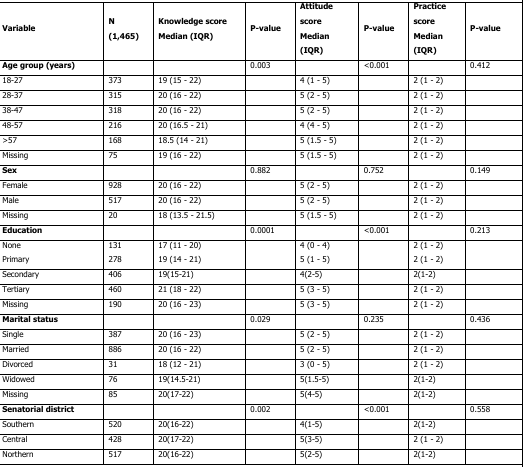
<table><thead><tr><td><b>Variable</b></td><td><b>N (1,465)</b></td><td><b>Knowledge score Median (IQR)</b></td><td><b>P-value</b></td><td><b>Attitude score Median (IQR)</b></td><td><b>P-value</b></td><td><b>Practice score Median (IQR)</b></td><td><b>P-value</b></td></tr></thead><tbody><tr><td><b>Age group (years)</b></td><td></td><td></td><td>0.003</td><td></td><td>&lt;0.001</td><td></td><td>0.412</td></tr><tr><td>18-27</td><td>373</td><td>19 (15 - 22)</td><td></td><td>4 (1 - 5)</td><td></td><td>2 (1 - 2)</td><td></td></tr><tr><td>28-37</td><td>315</td><td>20 (16 - 22)</td><td></td><td>5 (2 - 5)</td><td></td><td>2 (1 - 2)</td><td></td></tr><tr><td>38-47</td><td>318</td><td>20 (16 - 22)</td><td></td><td>5 (2 - 5)</td><td></td><td>2 (1 - 2)</td><td></td></tr><tr><td>48-57</td><td>216</td><td>20 (16.5 - 21)</td><td></td><td>4 (4 - 5)</td><td></td><td>2 (1 - 2)</td><td></td></tr><tr><td>&gt;57</td><td>168</td><td>18.5 (14 - 21)</td><td></td><td>5 (1.5 - 5)</td><td></td><td>2 (1 - 2)</td><td></td></tr><tr><td>Missing</td><td>75</td><td>19 (16 - 22)</td><td></td><td>5 (1.5 - 5)</td><td></td><td>2 (1 - 2)</td><td></td></tr><tr><td><b>Sex</b></td><td></td><td></td><td>0.882</td><td></td><td>0.752</td><td></td><td>0.149</td></tr><tr><td>Female</td><td>928</td><td>20 (16 - 22)</td><td></td><td>5 (2 - 5)</td><td></td><td>2 (1 - 2)</td><td></td></tr><tr><td>Male</td><td>517</td><td>20 (16 - 22)</td><td></td><td>5 (2 - 5)</td><td></td><td>2 (1 - 2)</td><td></td></tr><tr><td>Missing</td><td>20</td><td>18 (13.5 - 21.5)</td><td></td><td>5 (1.5 - 5)</td><td></td><td>2 (1 - 2)</td><td></td></tr><tr><td><b>Education</b></td><td></td><td></td><td>0.0001</td><td></td><td>&lt;0.001</td><td></td><td>0.213</td></tr><tr><td>NonePrimary</td><td>131278</td><td>17 (11 - 20)19 (14 - 21)</td><td></td><td>4 (0 - 4)5 (1 - 5)</td><td></td><td>2 (1 - 2)2 (1 - 2)</td><td></td></tr><tr><td>Secondary</td><td>406</td><td>19(15-21)</td><td></td><td>4(2-5)</td><td></td><td>2(1-2)</td><td></td></tr><tr><td>Tertiary</td><td>460</td><td>21 (18 - 22)</td><td></td><td>5 (3 - 5)</td><td></td><td>2 (1 - 2)</td><td></td></tr><tr><td>Missing</td><td>190</td><td>20 (16 - 23)</td><td></td><td>5 (3 - 5)</td><td></td><td>2 (1 - 2)</td><td></td></tr><tr><td><b>Marital status</b></td><td></td><td></td><td>0.029</td><td></td><td>0.235</td><td></td><td>0.436</td></tr><tr><td>Single</td><td>387</td><td>20 (16 - 23)</td><td></td><td>5 (2 - 5)</td><td></td><td>2 (1 - 2)</td><td></td></tr><tr><td>Married</td><td>886</td><td>20 (16 - 22)</td><td></td><td>5 (2 - 5)</td><td></td><td>2 (1 - 2)</td><td></td></tr><tr><td>Divorced</td><td>31</td><td>18 (12 - 21)</td><td></td><td>3 (0 - 5)</td><td></td><td>2 (1 - 2)</td><td></td></tr><tr><td>Widowed</td><td>76</td><td>19(14.5-21)</td><td></td><td>5(1.5-5)</td><td></td><td>2(1-2)</td><td></td></tr><tr><td>Missing</td><td>85</td><td>20(17-22)</td><td></td><td>5(4-5)</td><td></td><td>2(1-2)</td><td></td></tr><tr><td><b>Senatorial district</b></td><td></td><td></td><td>0.002</td><td></td><td>&lt;0.001</td><td></td><td>0.558</td></tr><tr><td>Southern</td><td>520</td><td>20(16-22)</td><td></td><td>4(1-5)</td><td></td><td>2(1-2)</td><td></td></tr><tr><td>Central</td><td>428</td><td>20(17-22)</td><td></td><td>5(3-5)</td><td></td><td>2 (1 - 2)</td><td></td></tr><tr><td>Northern</td><td>517</td><td>20(16-22)</td><td></td><td>5(2-5)</td><td></td><td>2(1-2)</td><td></td></tr></tbody></table>